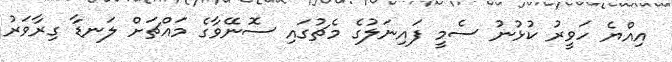
އިއްޔެ ހަވީރު ކުޅުނު ސެމީ ފައިނަލުގެ މެޗުގައި ސޮނޭވާގެ މައްޗަށް ލަނޑާ ގިރާވަރު